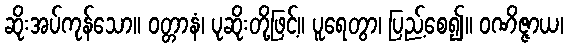
ဆိုးအပ်ကုန်သော။ ဝတ္တာနံ၊ ပုဆိုးတို့ဖြင့်။ ပူရေတွာ၊ ပြည့်စေ၍။ ဝဏိဇ္ဇာယ၊